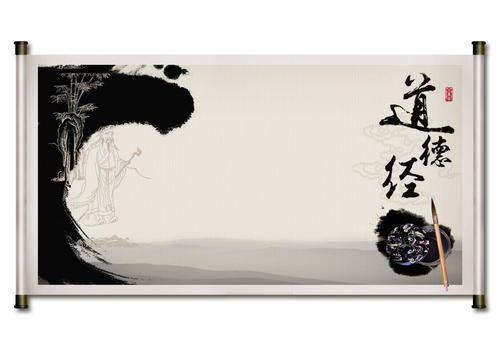
古之所谓善战者，胜于易胜者也。